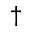
\dagger